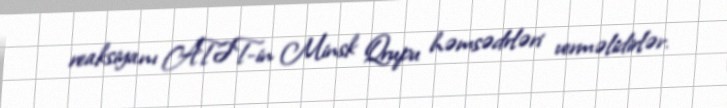
reaksiyanı ATƏT-in Minsk Qrupu həmsədrləri verməlidirlər.